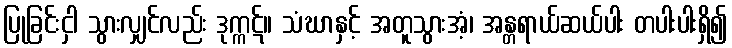
ပြုခြင်းငှါ သွားလျှင်လည်း ဒုက္ကဋ်။ သံဃာနှင့် အတူသွားအံ့၊ အန္တရာယ်ဆယ်ပါး တပါးပါးရှိ၍